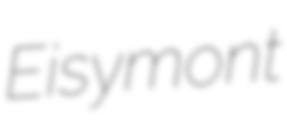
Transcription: Eisymont